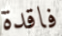
فاقدة